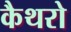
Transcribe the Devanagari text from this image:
कैथरो